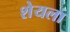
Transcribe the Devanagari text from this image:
शेयला